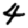
Digit: 4